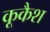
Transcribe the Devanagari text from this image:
कूकैश